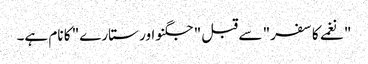
"نغمے کا سفر" سے قبل "جگنو اور ستارے" کا نام ہے۔